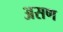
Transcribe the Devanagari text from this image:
असण